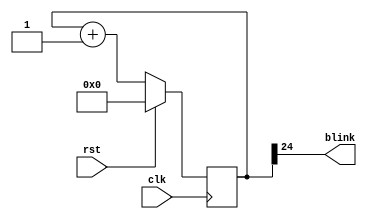
module blinker_4 (
    input clk,
    input rst,
    output reg blink
  );
  
  
  
  reg [24:0] M_counter_d, M_counter_q = 1'h0;
  
  always @* begin
    M_counter_d = M_counter_q;
    
    blink = M_counter_q[24+0-:1];
    M_counter_d = M_counter_q + 1'h1;
  end
  
  always @(posedge clk) begin
    if (rst == 1'b1) begin
      M_counter_q <= 1'h0;
    end else begin
      M_counter_q <= M_counter_d;
    end
  end
  
endmodule